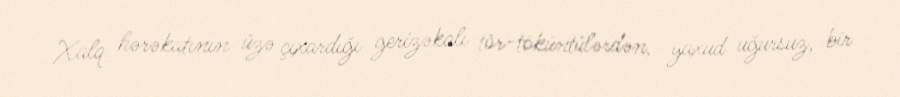
Xalq hərəkatının üzə çıxardığı gerizəkalı tör-töküntülərdən, yaxud uğursuz, bir